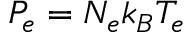
P _ { e } = N _ { e } { k _ { B } } T _ { e }